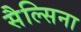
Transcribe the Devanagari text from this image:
सैल्सिना